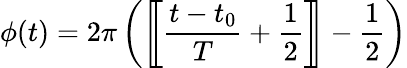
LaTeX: \phi(t)=2\pi\left(\left[\! \! \left[{\frac{t-t_{0}}{T}}+{\frac{1}{2}}\right]\! \! \right]-{\frac{1}{2}}\right)